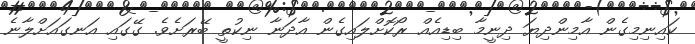
ކައިނިމިގެން އާމިންދިޔަ ދިނީމާ ބިޑިއެއް ރޯކޮށްލައިގެން އާދަނާ ނިކުތީ ބޭރަށެވެ. ގޭގައި އަނގައަށްލާނެ